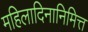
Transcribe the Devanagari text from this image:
महिलादिनानिमित्त